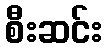
စီးဆင်း